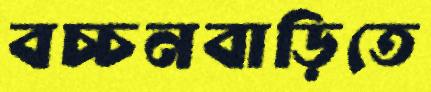
বচ্চনবাড়িতে